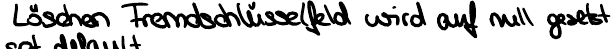
Löschen Fremdschlüsselfeld wird auf null gesetzt